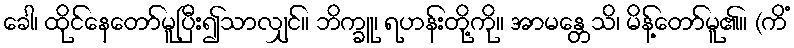
ခေါ၊ ထိုင်နေတော်မူပြီး၍သာလျှင်။ ဘိက္ခူ၊ ရဟန်းတို့ကို။ အာမန္တေသိ၊ မိန့်တော်မူ၏။ (ကိံ